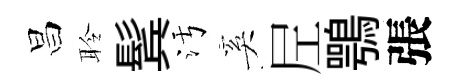
昌聆鬂污奚𡰱鶚張